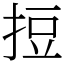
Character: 𢭃